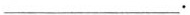
___.